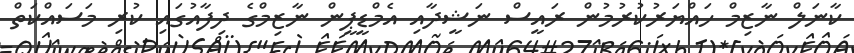
ކާނަލް ނާޒިމް ހައްޔަރުކުރުމުން ރައީސް ނަޝީދާއި އެމްޑީޕީން ނާޒިމްގެ ދިފާއުގައި ކުރި މަސައްކަތް